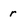
Character: r